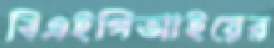
বিএইপিআইয়ের